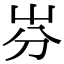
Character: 㞣